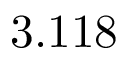
3 . 1 1 8